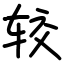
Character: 较